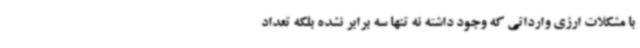
با مشکلات ارزی وارداتی که وجود داشته نه تنها سه برابر نشده بلکه تعداد